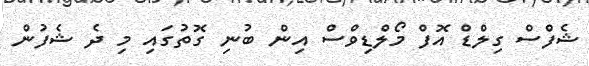
ޝެފްސް ގިލްޑް އޮފް މޯލްޑިވްސް އިން ބުނި ގޮތުގައި މި ދެ ޝެފުން